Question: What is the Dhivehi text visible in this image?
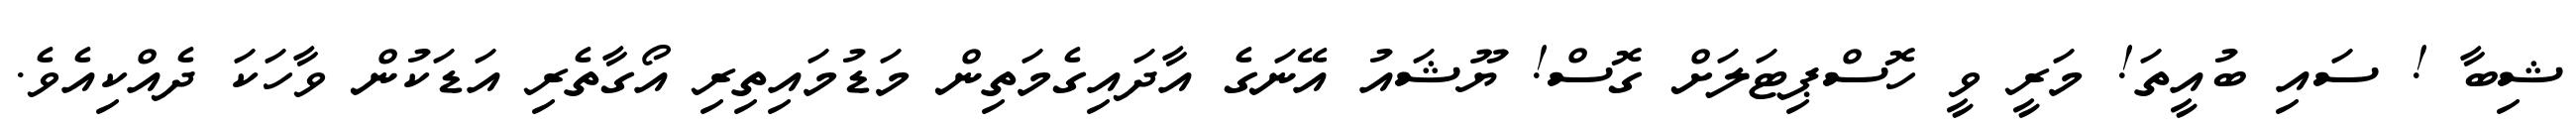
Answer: ޝިބާ ! ސައި ބުއީތަ! މަރީ ވީ ހޮސްޕިޓަލަށް ގޮސް! ޔޫޝައު އޭނަގެ އާދައިގެމަތިން މަޑުމައިތިރި އޯގާތެރި އަޑަކުން ވާހަކަ ދެއްކިއެވެ.